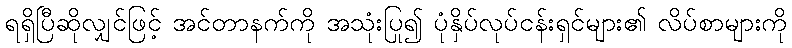
ရရှိပြီဆိုလျှင်ဖြင့် အင်တာနက်ကို အသုံးပြု၍ ပုံနှိပ်လုပ်ငန်းရှင်များ၏ လိပ်စာများကို